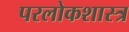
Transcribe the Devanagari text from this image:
परलोकशास्त्र